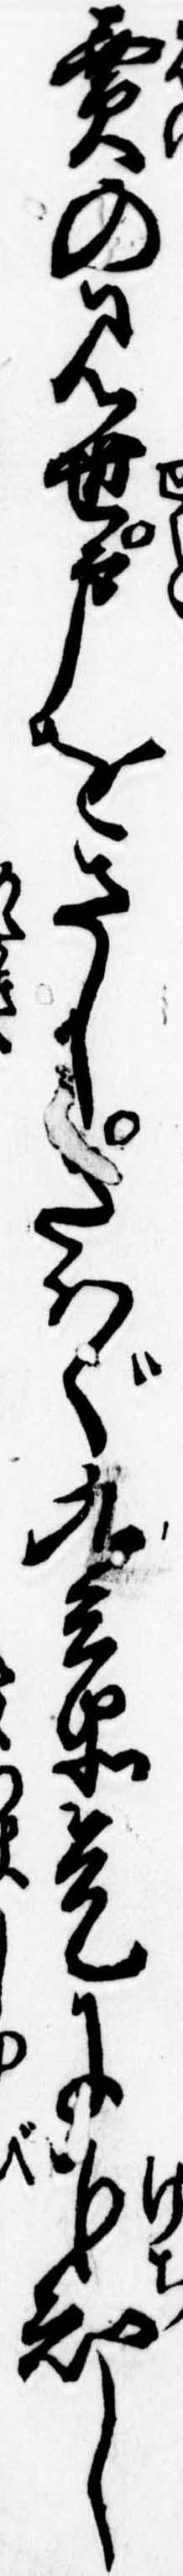
売の見世戸をさしさはぐ九兵衛是に下知し